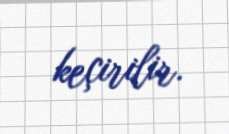
keçirilir.